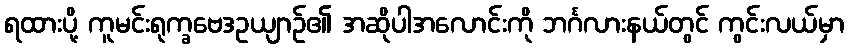
ရထားပို့ ကူမင်းရုက္ခဗေဒဥယျာဉ်၏ အဆိုပါအလောင်းကို ဘင်္ဂလားနယ်တွင် ကွင်းလယ်မှာ